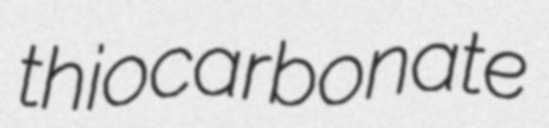
thiocarbonate